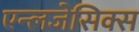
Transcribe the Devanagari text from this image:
एन्लजेसिक्स